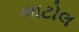
ભાટોલ